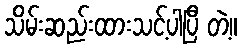
သိမ်းဆည်းထားသင့်ပါပြီ တဲ့။